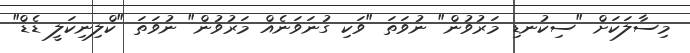
މިސާލަކަށް "ސިކުނޑި މަރުވުން" ނުވަތަ "ވަކި ގުނަވަނެއް މަރުވުން" ނުވަތަ "ކްލިނިކަލީ ޑެޑް"